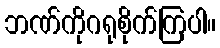
ဘဏ်ကိုဂရုစိုက်ကြပါ။